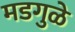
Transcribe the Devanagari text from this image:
मडगुळे